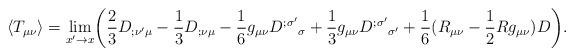
LaTeX: \begin{align*}\langle T_{\mu\nu}\rangle = \lim_{x'\rightarrow x}\biggl({2\over3}D_{;\nu'\mu} - {1\over3}D_{;\nu\mu} -{1\over6}g_{\mu\nu}D^{;\sigma'}{}_\sigma+{1\over3}g_{\mu\nu}D^{;\sigma'}{}_{\sigma'} +{1\over6}(R_{\mu\nu}-{1\over2}Rg_{\mu\nu})D\biggr).\end{align*}